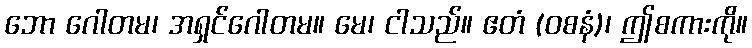
ဘော ဂေါတမ၊ အရှင်ဂေါတမ။ မေ၊ ငါသည်။ ဧတံ (ဝစနံ)၊ ဤစကားကို။